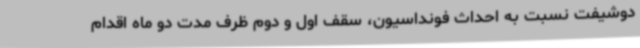
دوشیفت نسبت به احداث فونداسیون، سقف اول و دوم ظرف مدت دو ماه اقدام